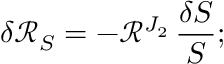
\delta \mathcal { R } _ { S } = - \mathcal { R } ^ { J _ { 2 } } \, \frac { \delta S } { S } ;